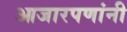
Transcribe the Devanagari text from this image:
आजारपणांनी